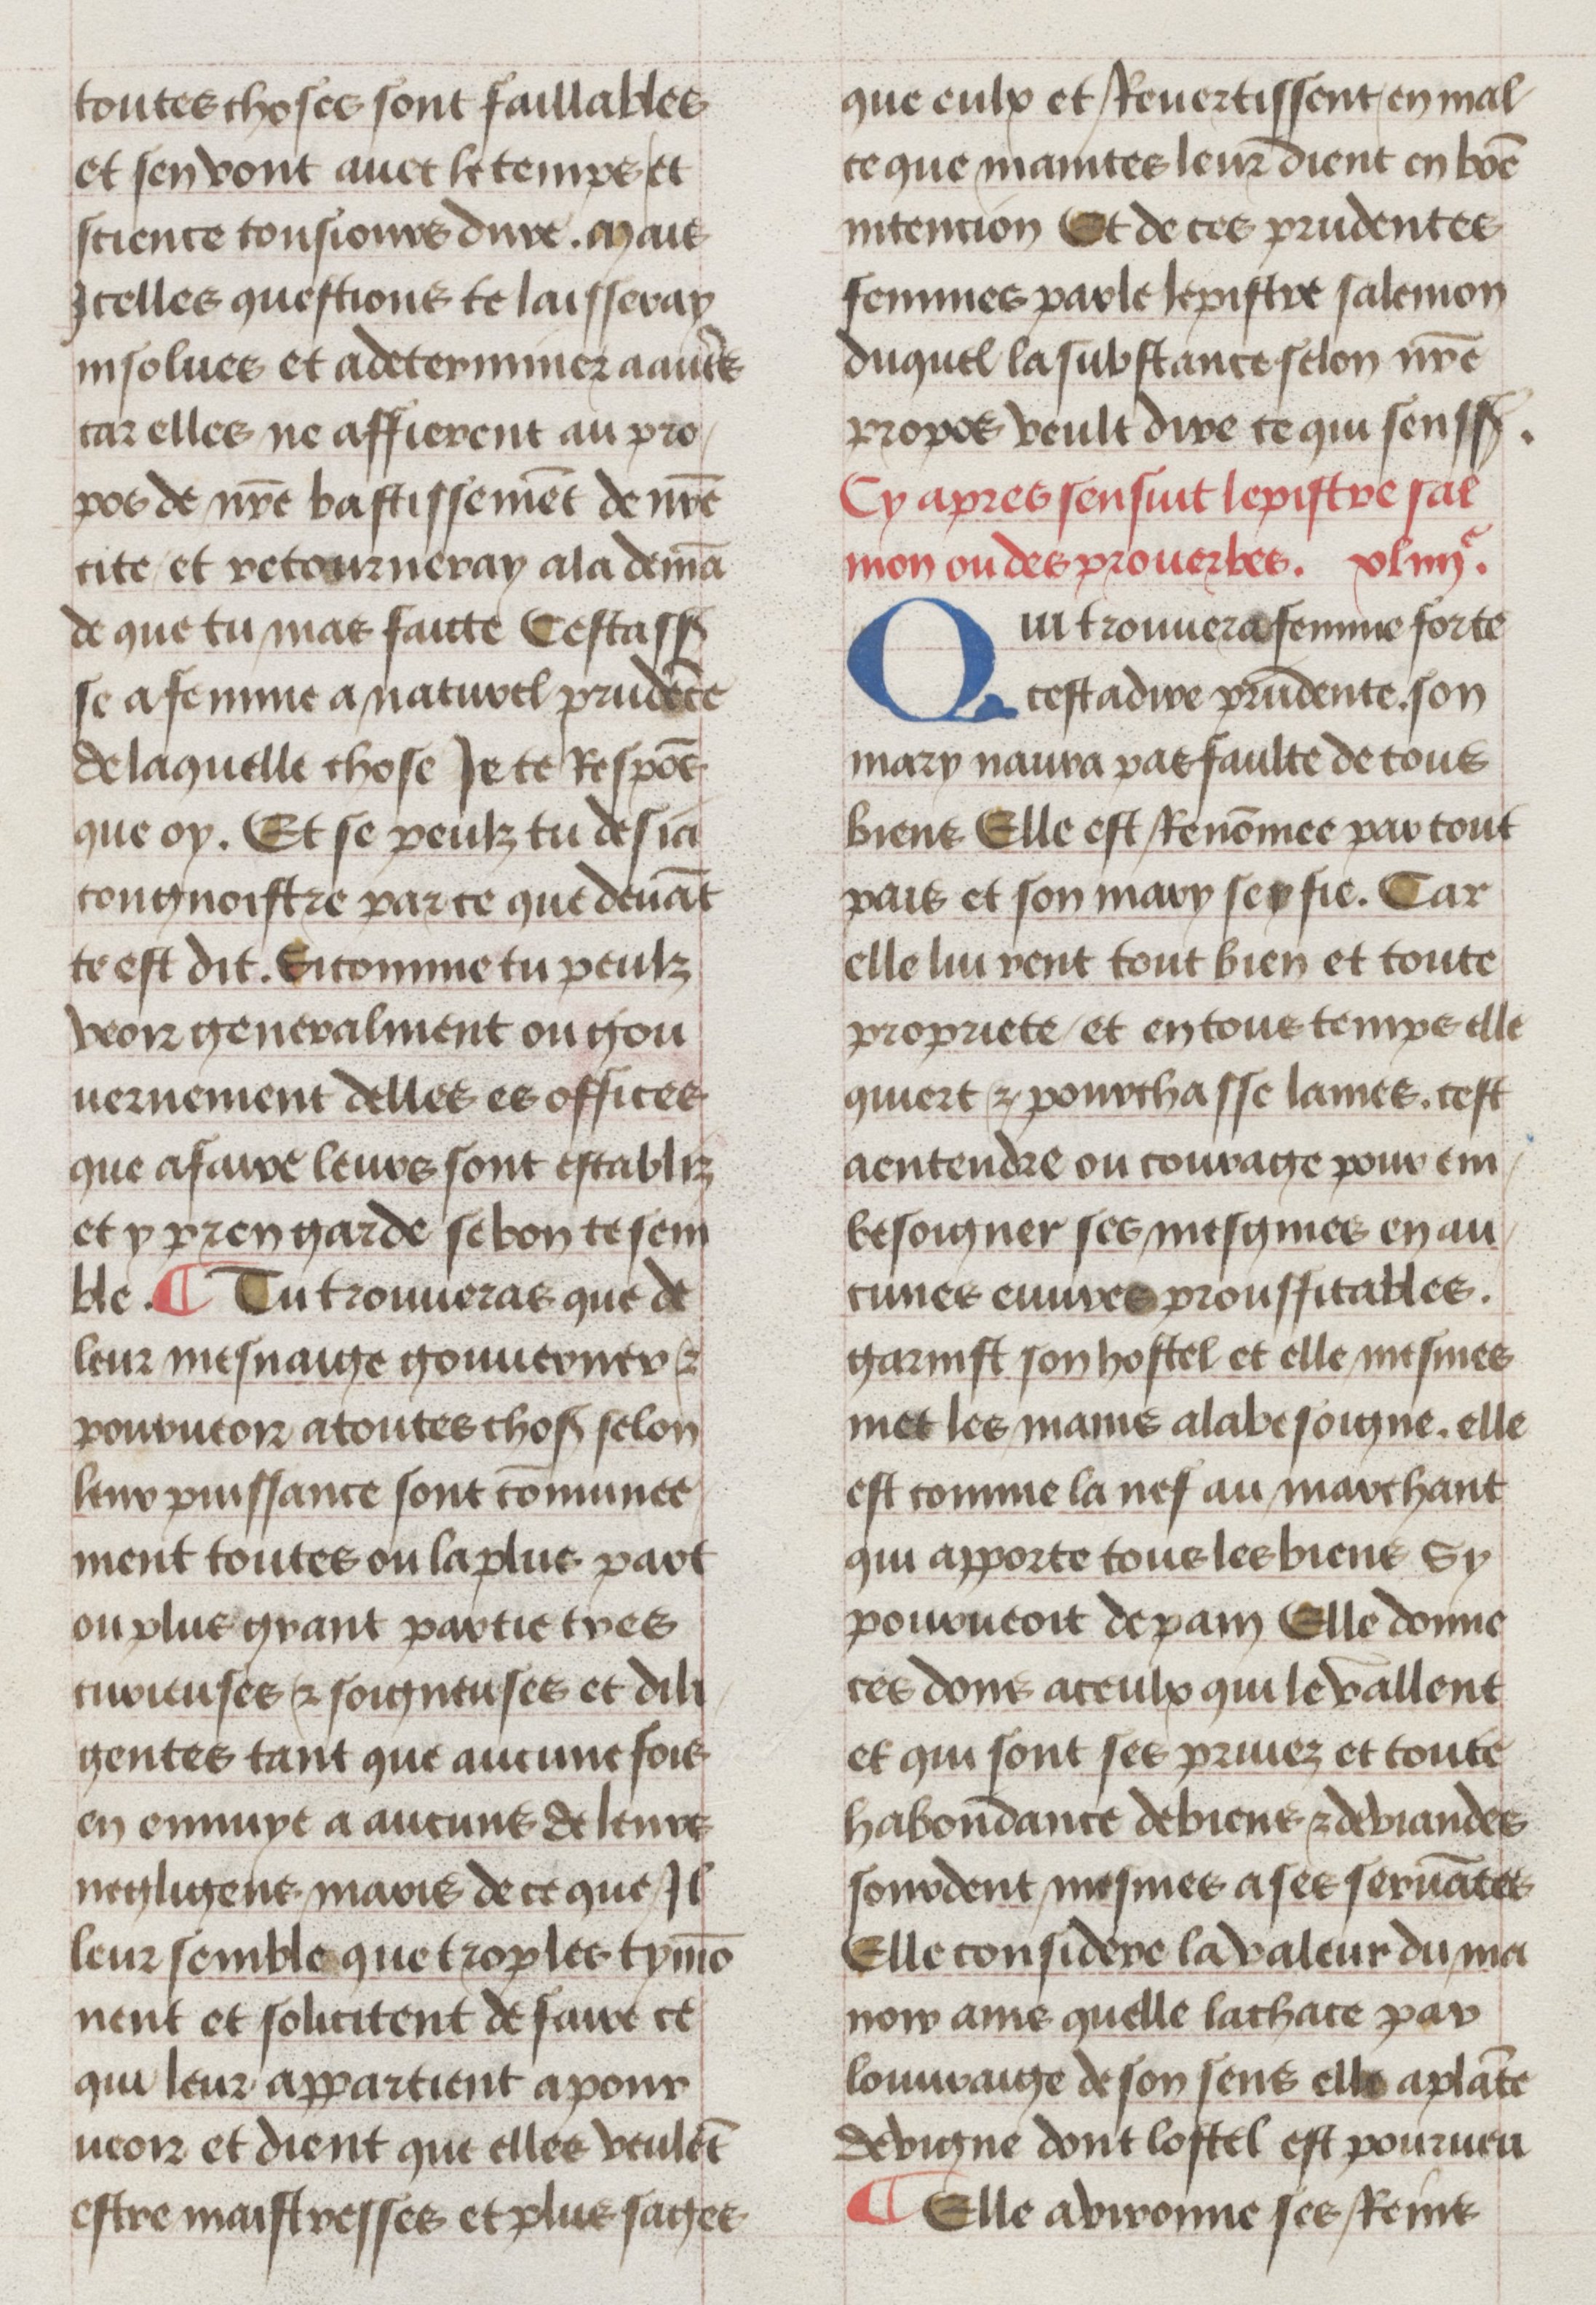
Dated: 1450–1499